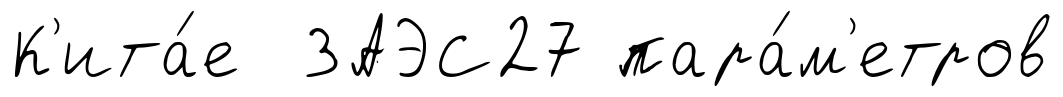
К'ита́е ЗАЭС27 пара́м'етров